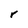
Character: r